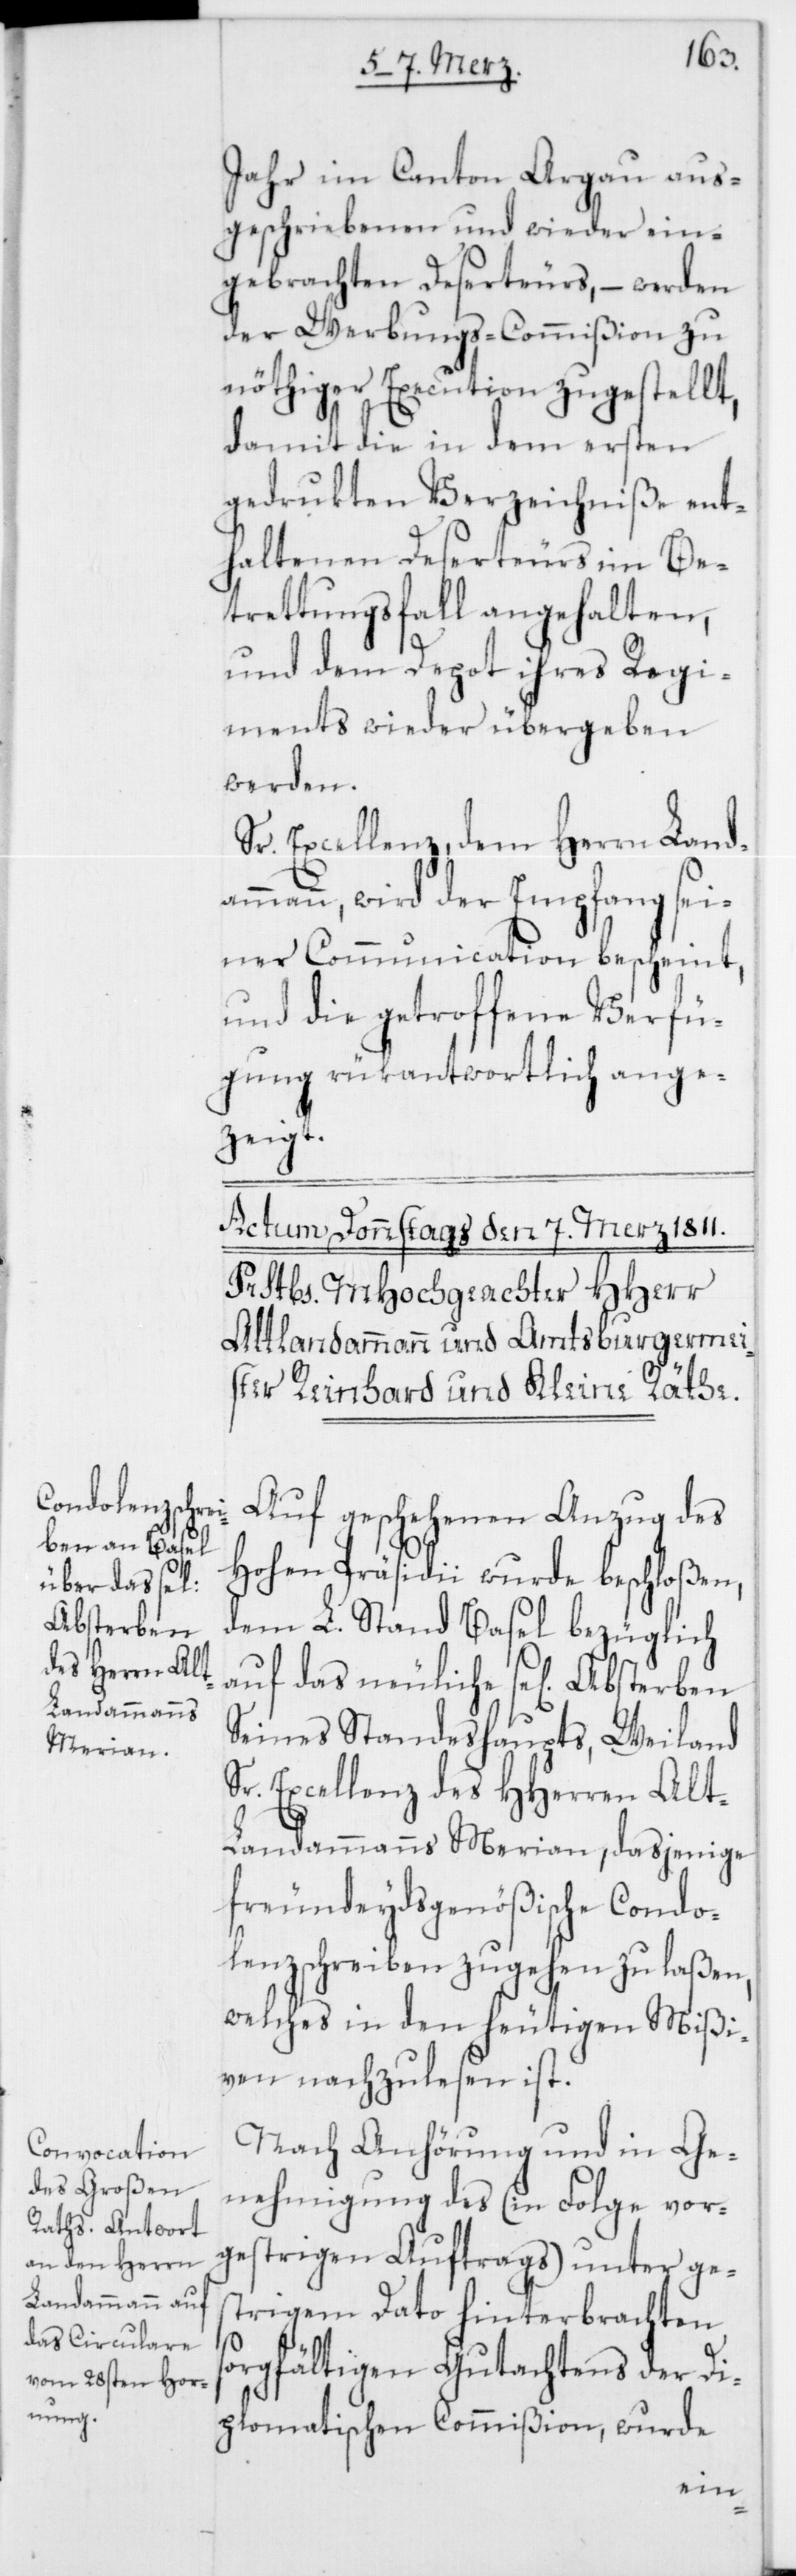
Absterben

Jahr im Canton Aargau aus¬
geschriebenen und wieder ein¬
gebrachten Deserteurs, – werden
der Werbungs-Commißion zu
nöthiger Execution zugestellt,
damit die in dem ersten
gedrukten Verzeichniße ent¬
haltenen Deserteurs im Be¬
tretungsfall angehalten,
und dem Depot ihres Regi¬
ments wieder übergeben
werden.
Sr. Excellenz, dem Herrn Land¬
ann, wird der Empfang sei¬
ner Communication bescheint,
und die getroffene Verfü¬
gung rükantwortlich ange¬
zeigt.
Auf geschehenen Anzug des
hohen Präsidii wurde beschloßen,
dem L. Stand Basel bezüglich
auf das neuliche se[lige]
seines Standeshaupts, Weiland
Excellenz des HHerren Al¬
t-Landammanns Merian, dasjenige
freundeydsgenößische Condo¬
lenzschreiben zugehen zu laßen,
welches in den heutigen Mißi¬
ven nachzulesen ist.
Nach Anhörung und in Ge¬
nehmigung des (in Folge vor¬
gestrigen Auftrags) unter ges¬
trigem Dato hinterbrachten
sorgfältigen Gutachtens der Di¬
plomatischen Commißion, wurde
amm¬